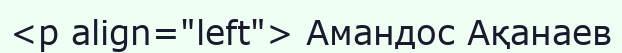
<p align="left"> Амандос Ақанаев